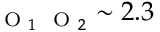
_ { \mathrm { ~ \scriptsize ~ O ~ } _ { 1 } \mathrm { ~ \scriptsize ~ O ~ } _ { 2 } } \sim 2 . 3